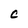
Character: c